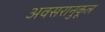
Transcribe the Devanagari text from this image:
अवसरानुकूल